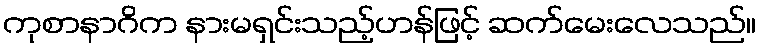
ကုစာနာဂိက နားမရှင်းသည့်ဟန်ဖြင့် ဆက်မေးလေသည်။